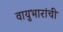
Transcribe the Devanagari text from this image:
वायुभारांची